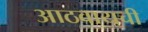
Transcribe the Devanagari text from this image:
आठवायची